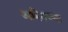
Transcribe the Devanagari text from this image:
अमितच्या